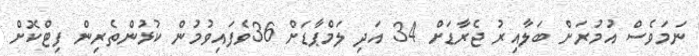
ނަމަވެސް އުމުރަށް ބަލާއިރު ޖެރާޑަށް 34 އަދި ލަމްޕާޑަށް 36ވެފައިވުމުން ކުޅުންތެރިން ފިޓްކޮށް